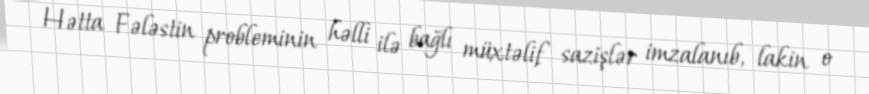
Hətta Fələstin probleminin həlli ilə bağlı müxtəlif sazişlər imzalanıb, lakin o